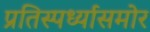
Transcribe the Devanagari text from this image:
प्रतिस्पर्ध्यासमोर